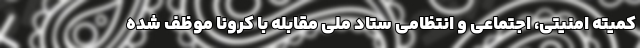
کمیته امنیتی، اجتماعی و انتظامی ستاد ملی مقابله با کرونا موظف شده